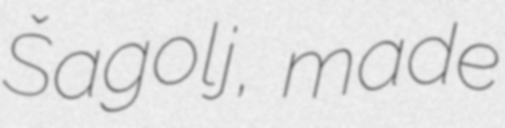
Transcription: Šagolj, made